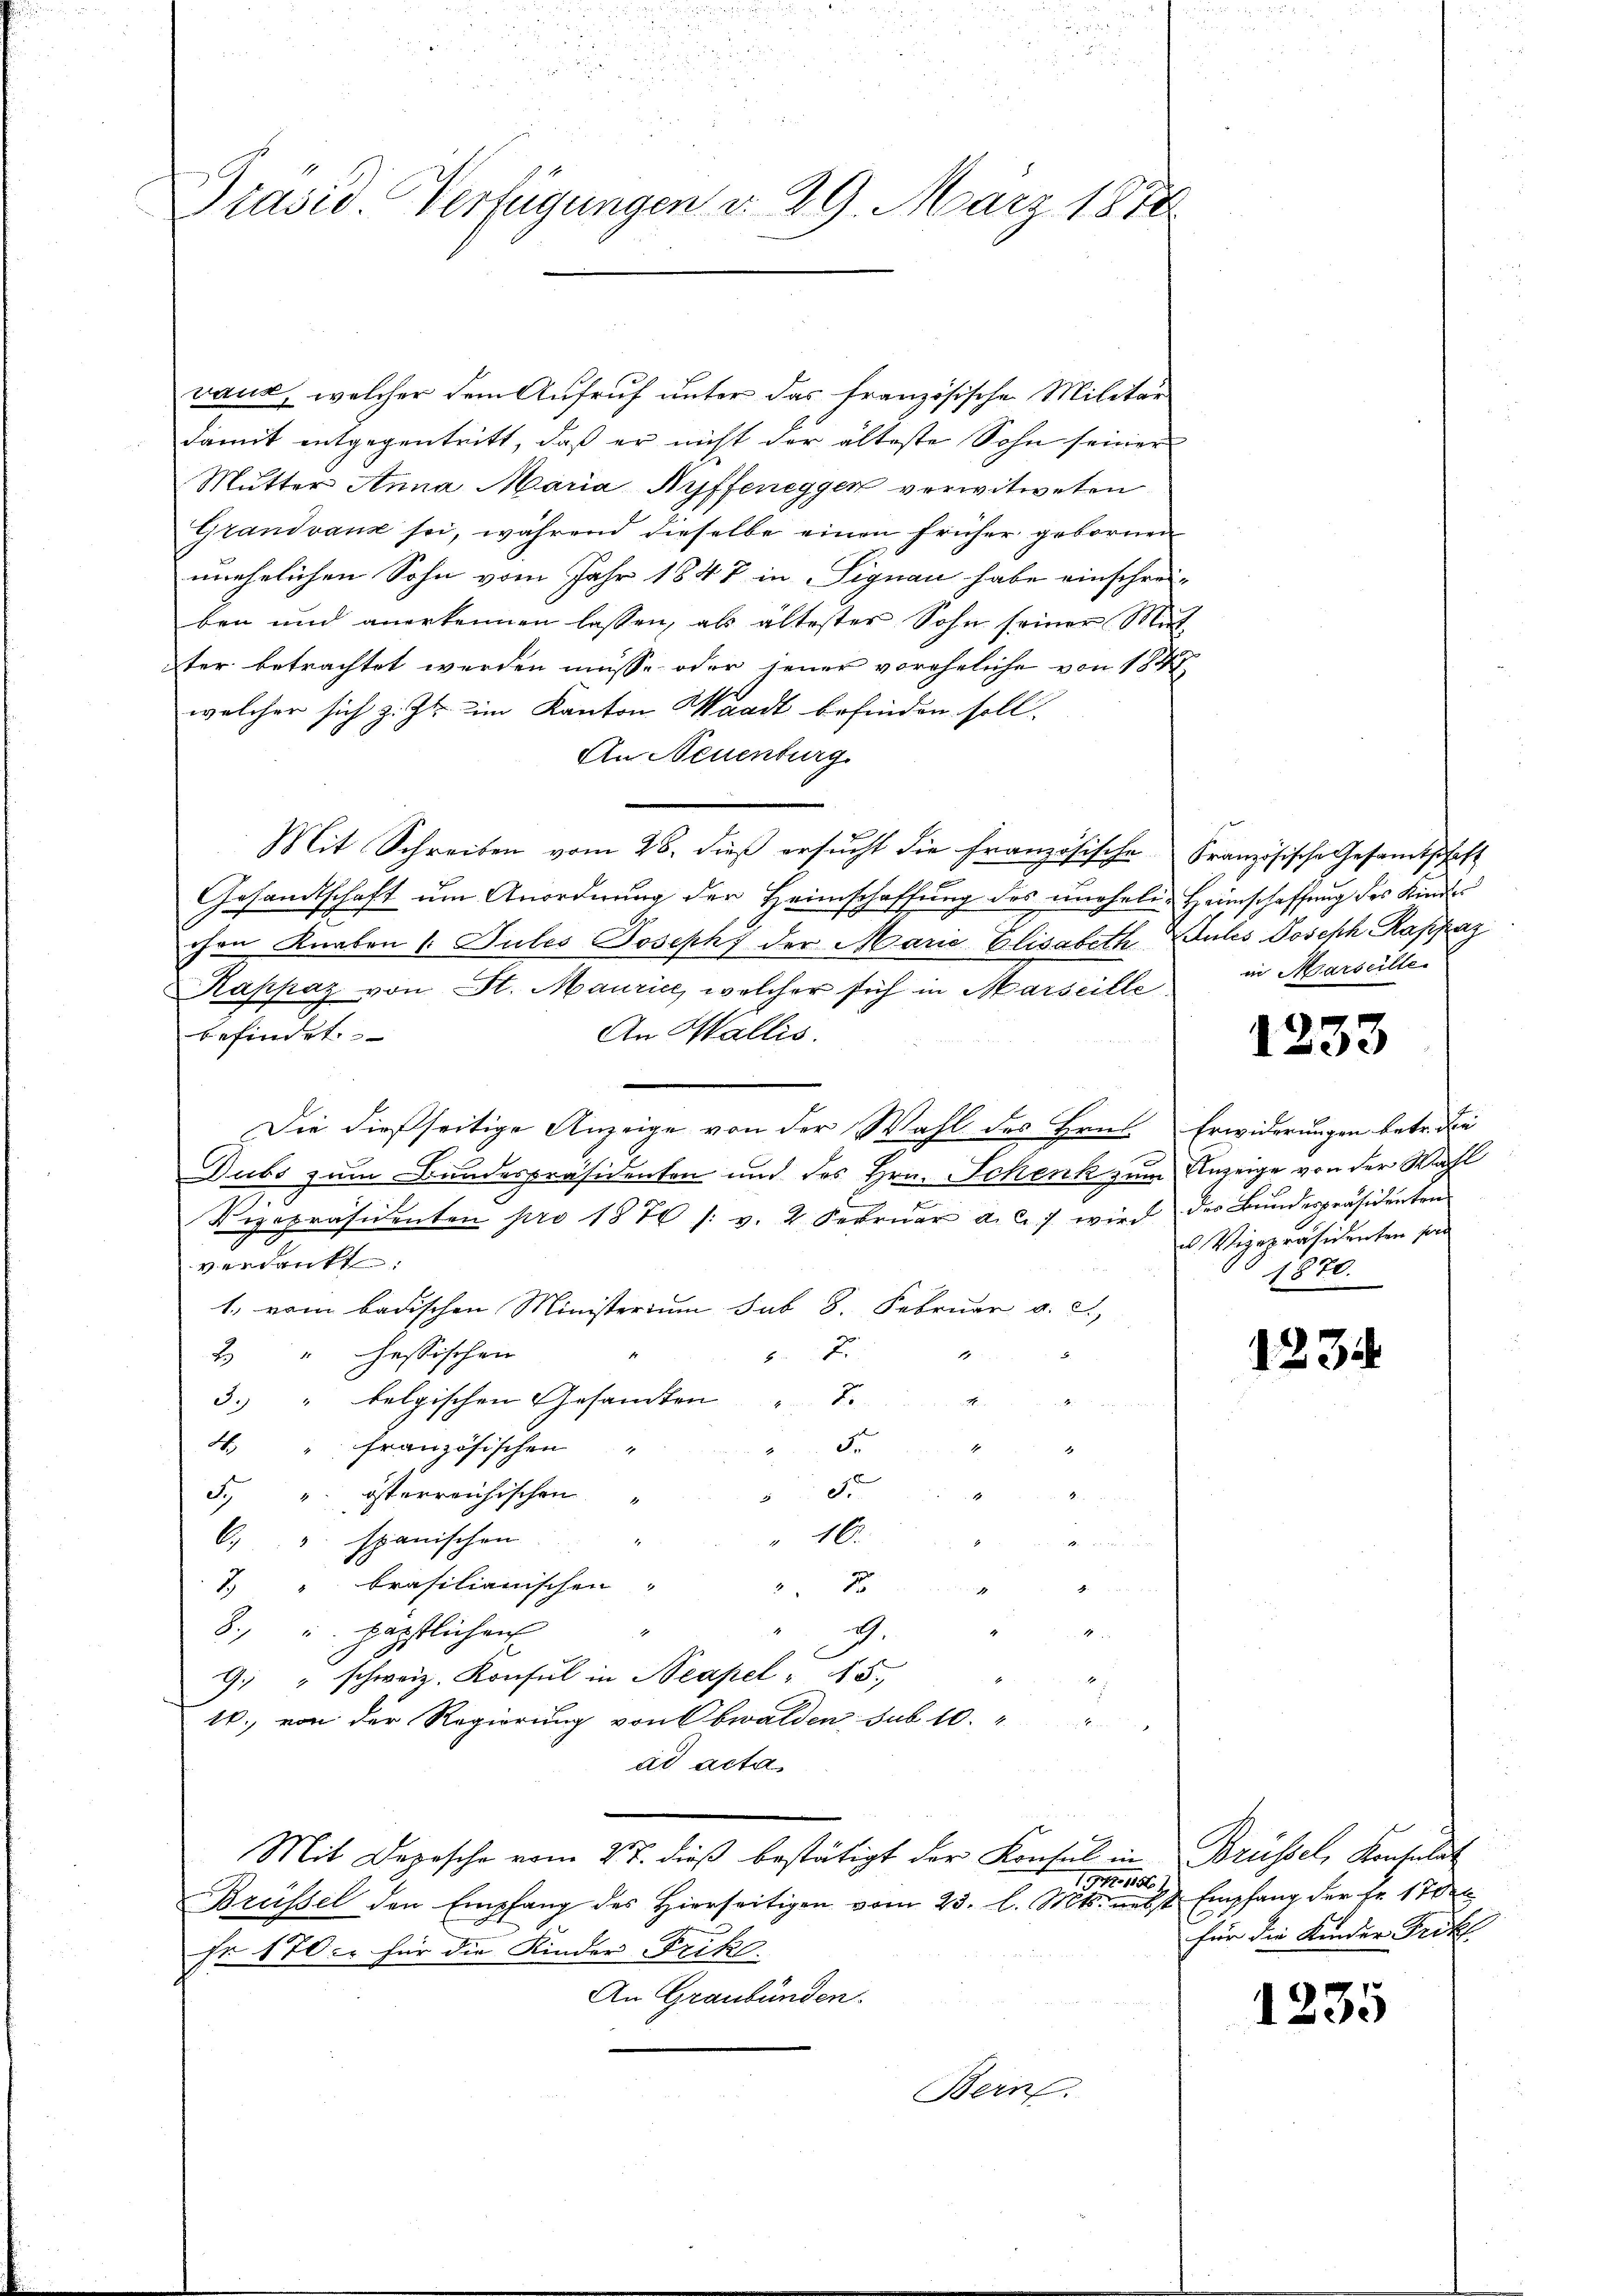
Prasis Verfügungen d. 29. März 1870

vaux, welcher dem Aufruf unter das französische Militär
damit entgegentritt, daß er nicht der älteste Sohn seiner
Mutter Anna Maria Ryffenegger verwitweten
Grandvanz sei, während dieselbe einen früher gebornen
unehelichen Sohn vom Jahr 1847 in Signau habe einschreiben und anerkennen lassen, als ältester Sohn seiner Mit-
ter betrachtet werden müsse oder jener voreheliche von 1847
welcher sich z. Zt. im Kanton Waadt befinden soll.
An Neuenburg
Mit Schreiben vom 28. dieß ersucht die Französische Französische Gesamtschaft
Gesandtschaft um Anordnung der Heimschaffung des uneheler Heimschaffung des Kinder
chen Knaben 1. Jules Joseph, der Marie Elisabeth Ruhes Joseph Rappaz
Kappaz von St. Maurice, welcher sich in Marseille
An Wallis.
befindet.
Die dießseitige Anzeige von der Wahl des Hrn. Erwiderungen betr. die
x
Dubs zum Bundespräsidenten und des Hrn. Schenk zum Anzeige von der Wahl
Vizepräsidenten pro 1876 s. v. 2 Febrŭar a. c. 7 wird der Bŭndespräsidenten
verdankt.
1., vom badischen Ministerium sub 8. Februar v. 21,
2 " hessischen
1
T
3. " belgischen Gesandten Be
de
8. " französischen
1

d
5. " österreichischen
2 x
10.
C. u. spanischen
.
7. " brasilianischen,
x
22
8., u. päpstlichen
G.
N 2
9. " schweiz. Konsul in Neapel " 5.
10., von der Regierung von Obwalden sub 10.
2
ad acta
Mit Depesche vom 27. dieß bestätigt der Konsul in Brüssel, Konsulat
11171. 11860 J
Brüssel den Empfang des hierseitigen vom 23. l. Mts. nebst Empfang der Fr. 1700
Fr 170. für die Kinder-Frikl.
An Graubünden.
Bern.

in Marseilte

1233

Vizepräsidenten so
1820.

1234

für die Kinder Tritl

1235